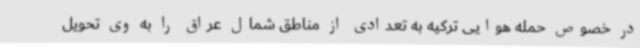
در خصوص حمله هوایی ترکیه به تعدادی از مناطق شمال عراق را به وی تحویل